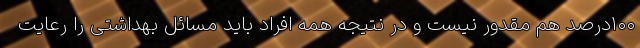
۱۰۰درصد هم مقدور نیست و در نتیجه همه افراد باید مسائل بهداشتی را رعایت